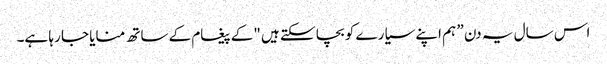
اس سال یہ دن ” ہم اپنے سیارے کو بچا سکتے ہیں "کے پیغام کے ساتھ منایا جا رہا ہے۔